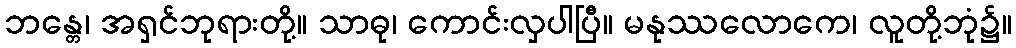
ဘန္တေ၊ အရှင်ဘုရားတို့။ သာဓု၊ ကောင်းလှပါပြီ။ မနုဿလောကေ၊ လူတို့ဘုံ၌။